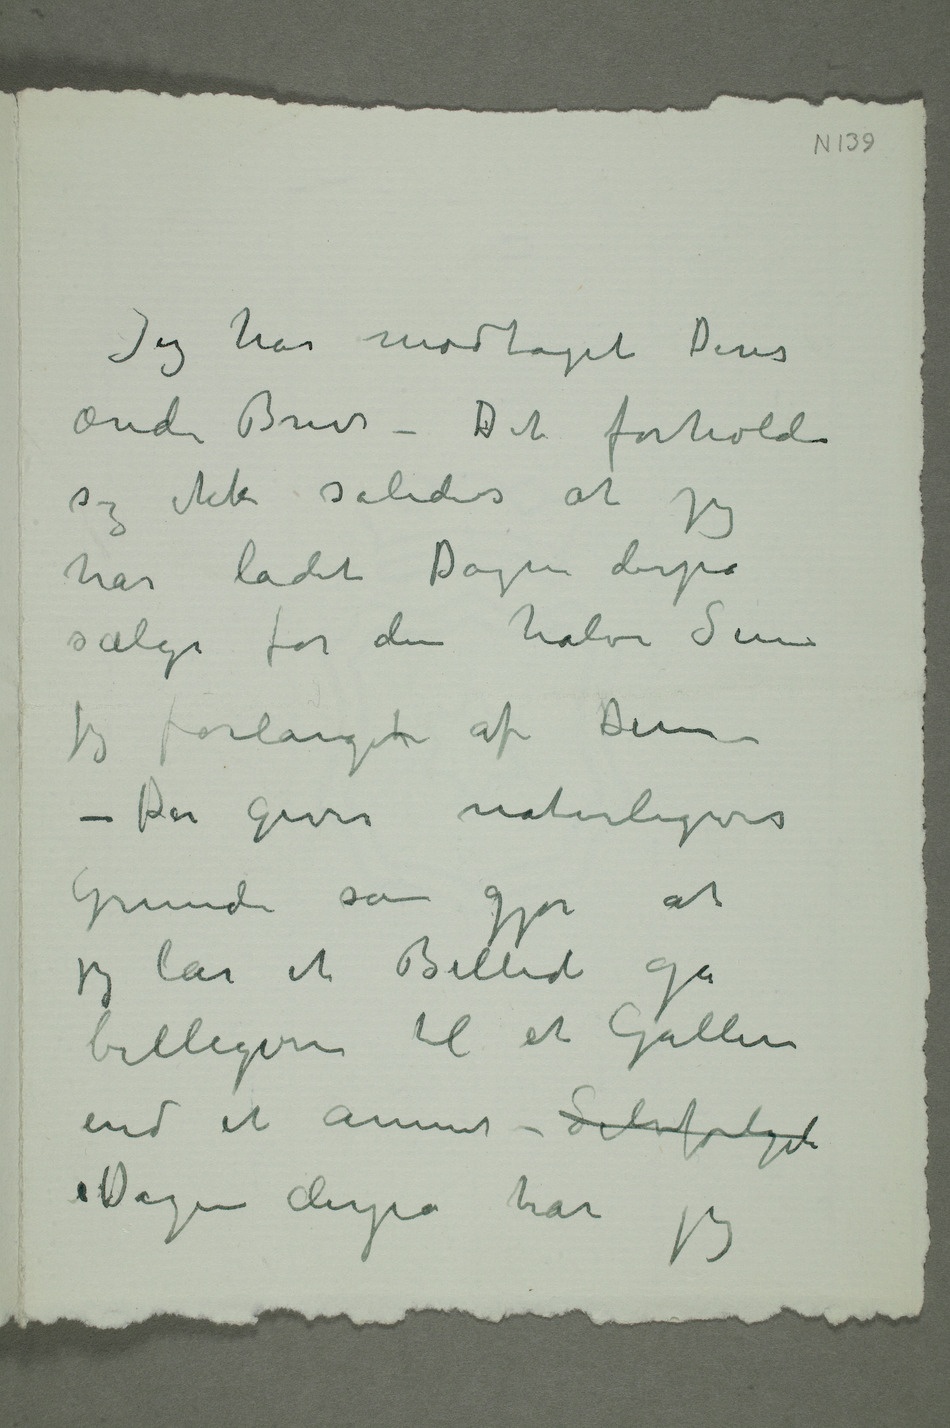
Jeg har modtaget Deres
ærede brev – Det forholder
sig ikke således at jeg
har ladet Dagen derpå
sælge for den halve Sum
jeg forlangert af Dem
– Der gives naturligvis
Grunde som gjør at
jeg lar et Billede gå
billigere til et Galleri
end et annet – Selvfølgeli
Dagen derpå har jeg